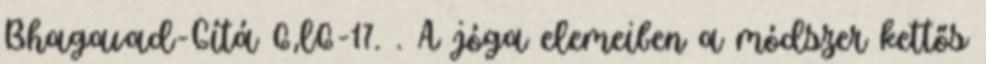
Bhagavad-Gítá 6,l6-17. . A jóga elemeiben a módszer kettős